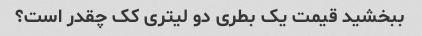
ببخشید قیمت یک بطری دو لیتری کک چقدر است؟